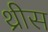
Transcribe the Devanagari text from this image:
थ्रीस